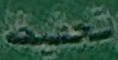
تحفيظ